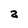
Character: z